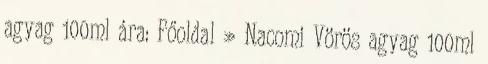
agyag 100ml ára: Főoldal » Nacomi Vörös agyag 100ml